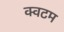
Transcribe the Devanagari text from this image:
क्विंटम